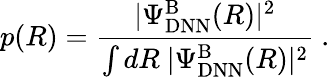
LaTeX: p(R)=\frac{|\Psi_{\mathrm{DNN}}^{\mathrm{B}}(R)|^{2}}{\int dR\ |\Psi_{\mathrm{DNN}}^{\mathrm{B}}(R)|^{2}}\ .